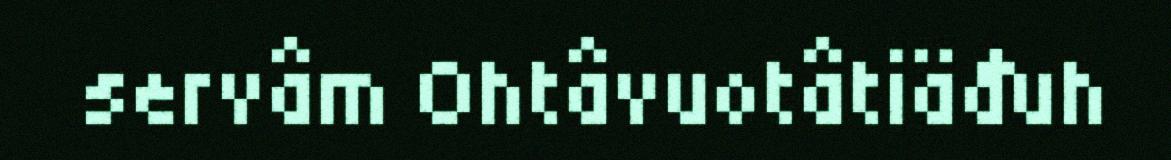
servâm Ohtâvuotâtiäđuh